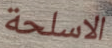
الاسلحة